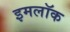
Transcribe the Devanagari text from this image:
इमलॉक